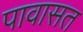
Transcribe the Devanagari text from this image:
पावासत